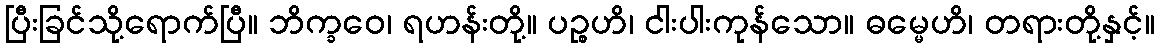
ပြီးခြင်သို့ရောက်ပြီ။ ဘိက္ခဝေ၊ ရဟန်းတို့။ ပဉ္စဟိ၊ ငါးပါးကုန်သော။ ဓမ္မေဟိ၊ တရားတို့နှင့်။